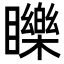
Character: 䁻